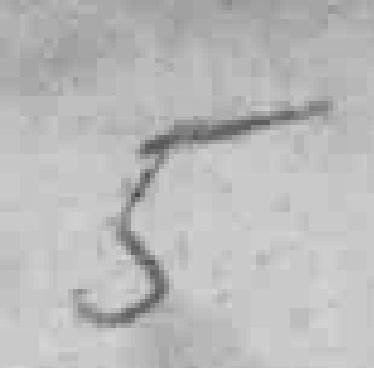
5